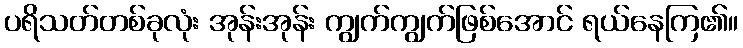
ပရိသတ်တစ်ခုလုံး အုန်းအုန်း ကျွက်ကျွက်ဖြစ်အောင် ရယ်နေကြ၏။